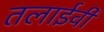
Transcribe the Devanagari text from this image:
तलाईवी